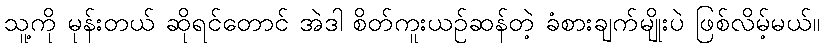
သူ့ကို မုန်းတယ် ဆိုရင်တောင် အဲဒါ စိတ်ကူးယဉ်ဆန်တဲ့ ခံစားချက်မျိုးပဲ ဖြစ်လိမ့်မယ်။